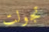
تجولت